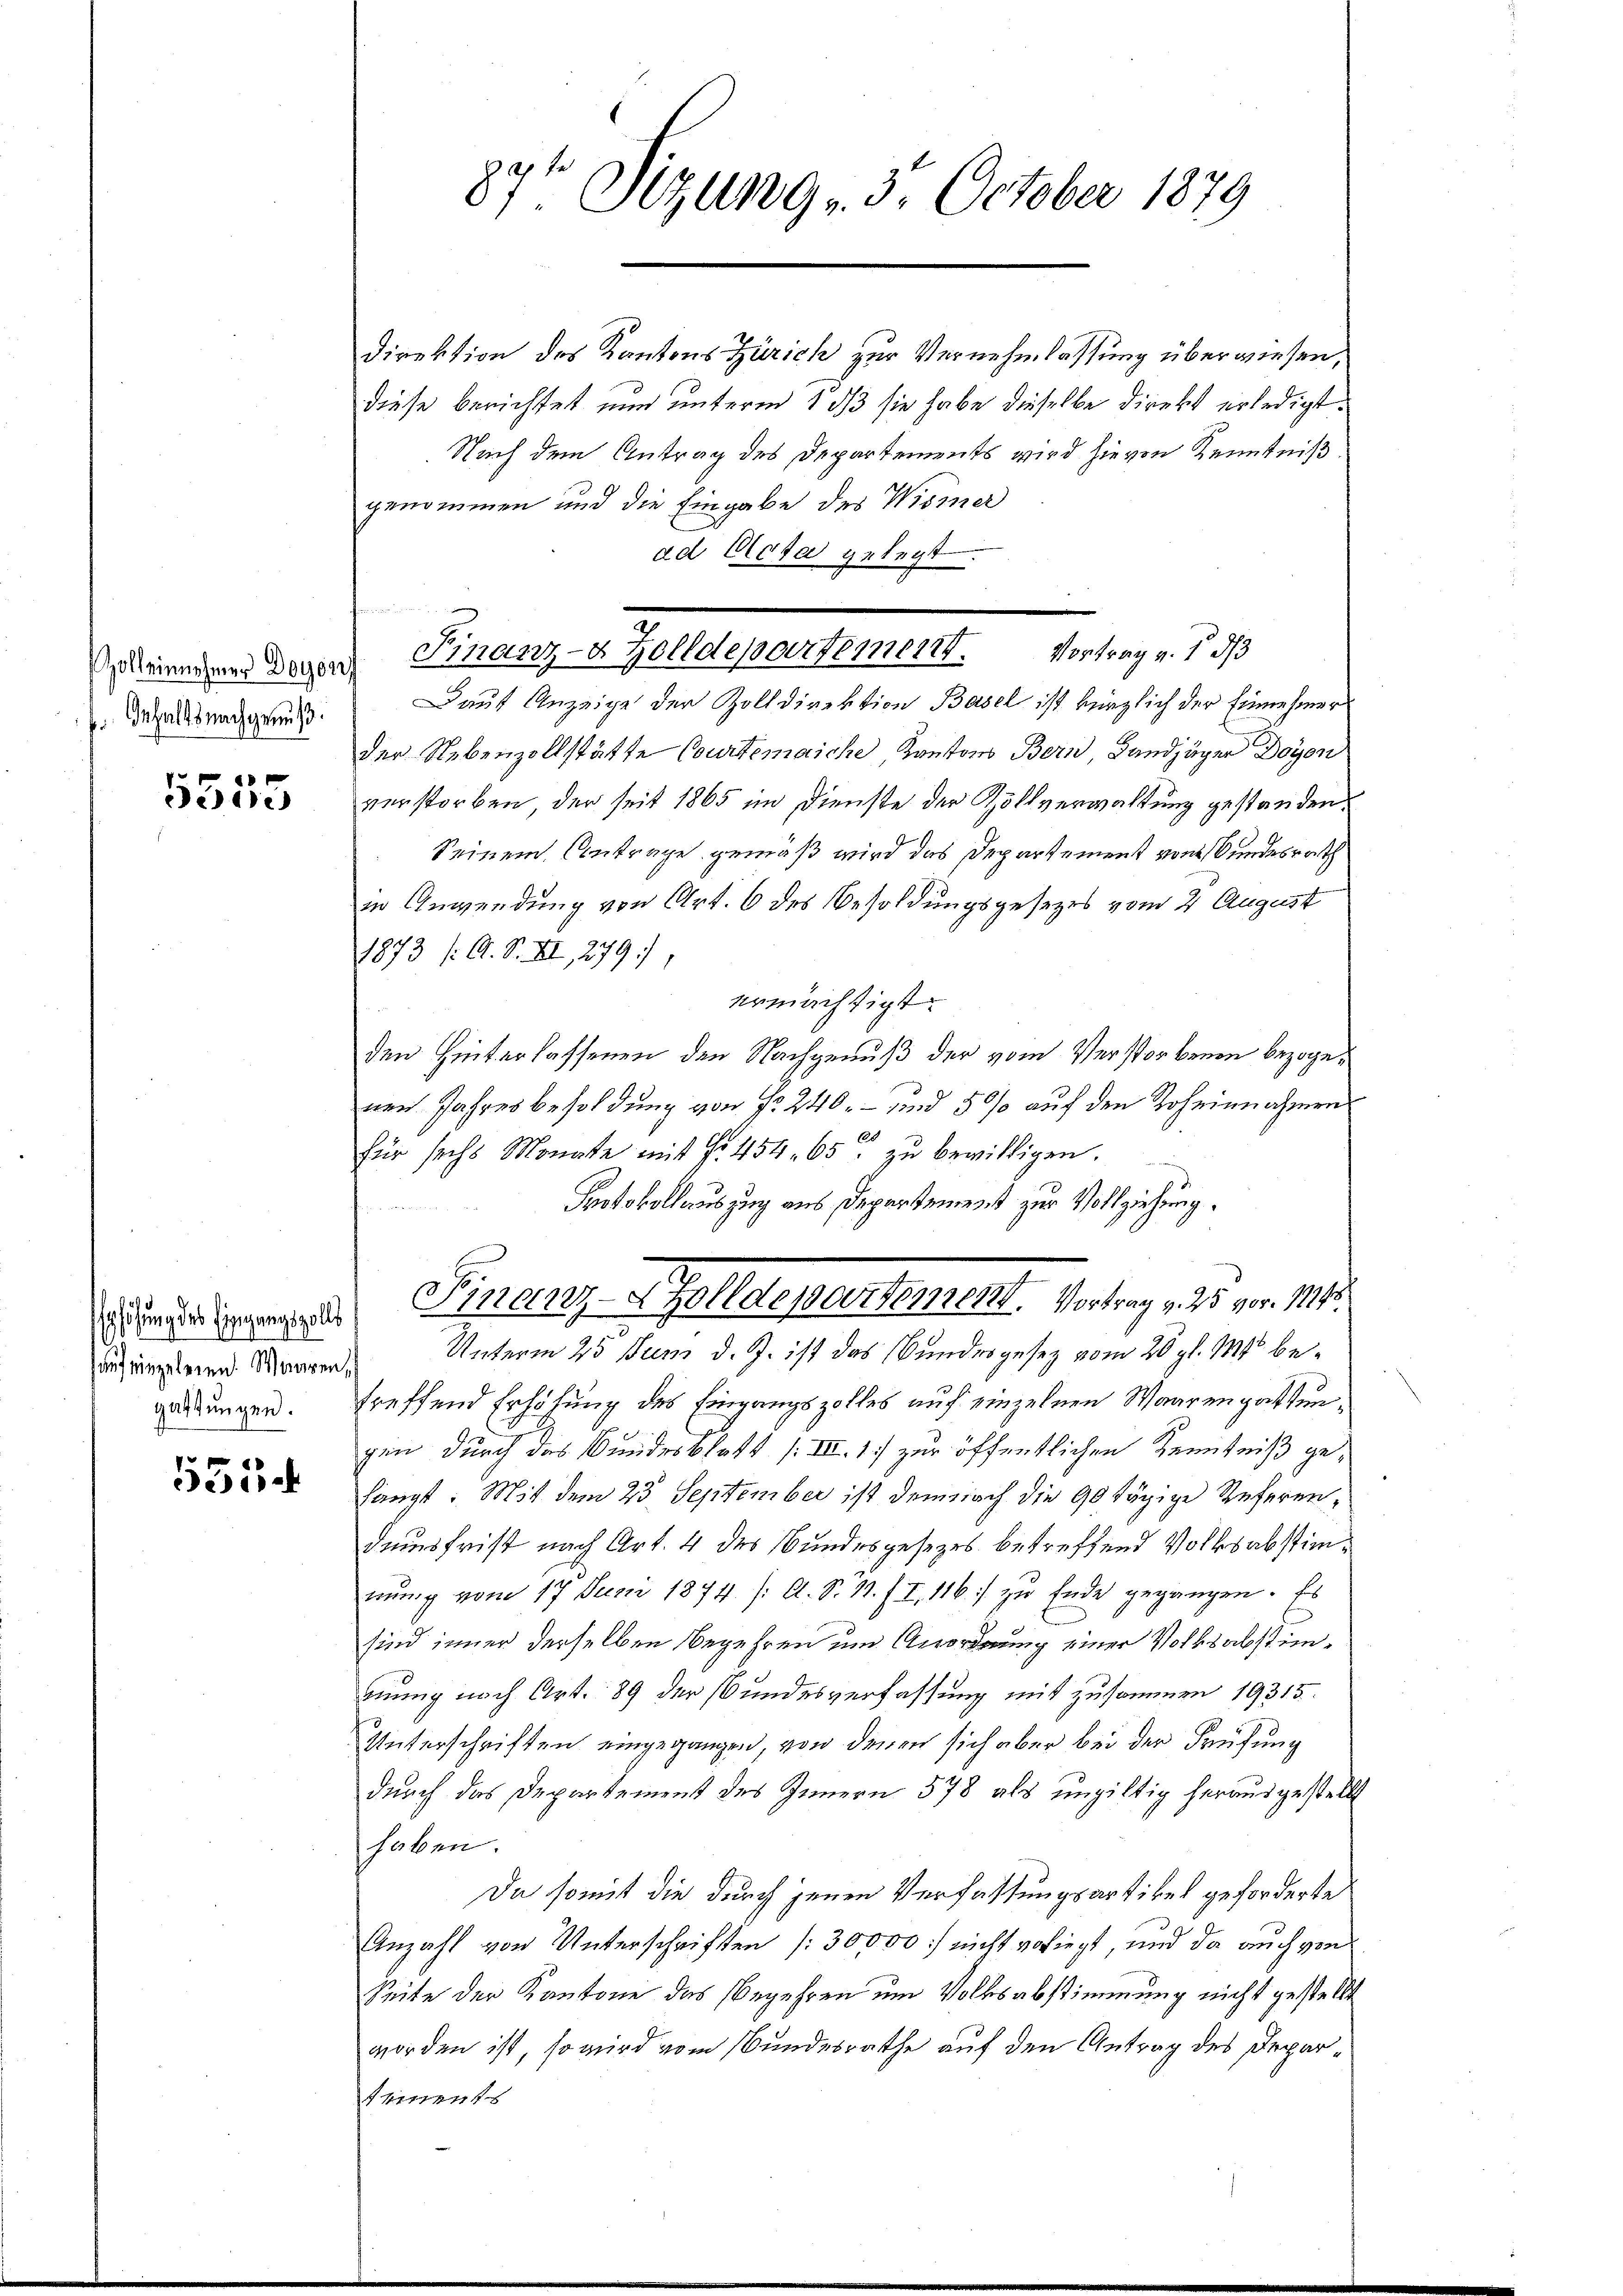
Zoll einnehmer Degens
 Inhalts nachgenuß.

6
5500

5554

Direktion des Kantons Zürich zur Vernehmlassung überwiesen,
diese berichtet nun unterm 1 dß sie habe dieselbe direkt erledigt.
Nach dem Antrag des Departements wird hievon Kenntniß
genommen und die Eingabe des Wismer
ad Clota gelegt.
e
Daut Anzeige der Zolldirektion Basel ist kürzlich der Einnehmer
der Nebenzollstätte Courtenaiche Kantons Bern, Landjäger Doyen
verstorben, der seit 1865 im Dienste der Zollverwaltung gestanden.
Seinem Antrage gemäß wird das Departement von Bundesrath
in Anwendung von Art. 6 des Besoldungsgesezes vom 2 August
1873 /: A. S. II., 279),
ermächtigt.
den Hinterlassenen den Nachgenuß der vom Verstorbenen bezogenen Jahresbesoldung von No 240. – und 50% auf den Rohrinnahmen
für sechs Monate mit No. 454, 65 zu bewilligen.
Protokollauszug aus Departemenst zur Vollziehung.
Finde Berger Finanz-Zolldepartement. Vortrag v. Js. vor. Mts.
aehrerend der Unterm 25. Juni d. J. ist das Bundesgesez vom 20. gl. 1845 begildungen treffend Erhöhung des Eingangszolles auf einzelnen Waarengattungen durch das Bundesblatt (III. 1) zur öffentlichen Kenntniß gehängt. Mit dem 25 September ist demnach die 90 tägige Referendumsfrist nach Art. 4 des Bundesgesetzes betreffend Volksabstimnung vom 17. Juni 1874. /: A. S. 11. II, 116:/ zu Ende gegangen. Es
sind immer derselben Begehren und Anordnung einer Volksabstimmung nach Art. 89 der Bundesverfassung mit zusammen 19315.
Unterschriften eingegangen, von denen sich aber bei der Prüfung
durch das Departement des Innern 578 als ungültig herausgestellt
haben.
Da somit die durch jenen Verfassungsartikel geforderte
Anzahl von Unterschriften (30,000 :/ nicht vorliegt, und da auch von
Seite der Kantone das Begehren um Volksabstimmung nicht gestellt
worden ist, so wird vom Bundesrathe auf den Antrag des Departements

87t Sitzung 3. October 1879

x
Finanz- & Zolldepartement. Vortrag v. 133